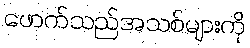
ဖောက်သည်အသစ်များကို